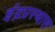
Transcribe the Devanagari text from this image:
इंद्रप्रस्थास